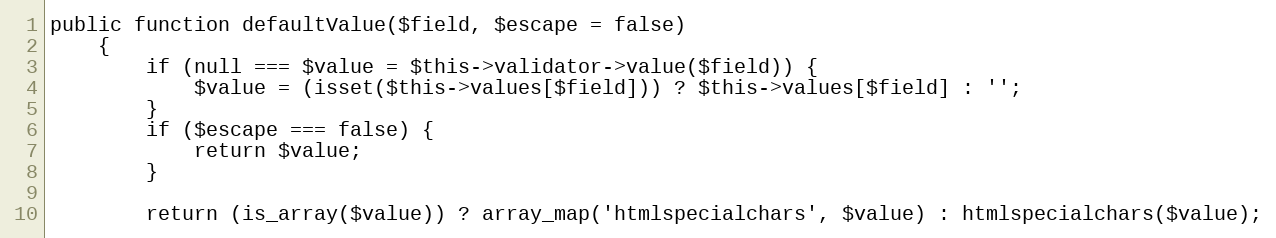
Language: PHP
public function defaultValue($field, $escape = false)
    {
        if (null === $value = $this->validator->value($field)) {
            $value = (isset($this->values[$field])) ? $this->values[$field] : '';
        }
        if ($escape === false) {
            return $value;
        }

        return (is_array($value)) ? array_map('htmlspecialchars', $value) : htmlspecialchars($value);